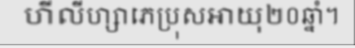
ហីលីហ្សាភេប្រុសអាយុ២០ឆ្នាំ។